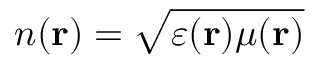
n ( \mathbf { r } ) = \sqrt { \varepsilon ( \mathbf { r } ) \mu ( \mathbf { r } ) }